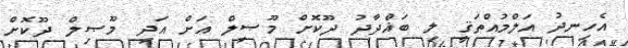
އެހިނދު އަލްމުއްތަޤީ ލި ބަޣްދާދު ދޫކޮށް މޫޞިލް އަށް އަދި މޫޞިލް ދޫކޮށް